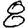
Digit: 8